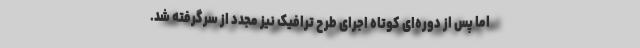
اما پس از دوره‌ای کوتاه اجرای طرح ترافیک نیز مجدد از سرگرفته شد.